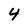
Character: 4